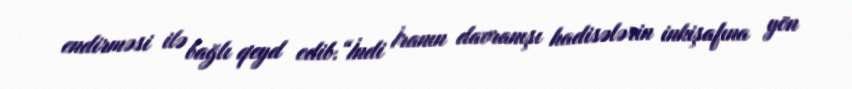
endirməsi ilə bağlı qeyd edib.“İndi İranın davranışı hadisələrin inkişafına yön